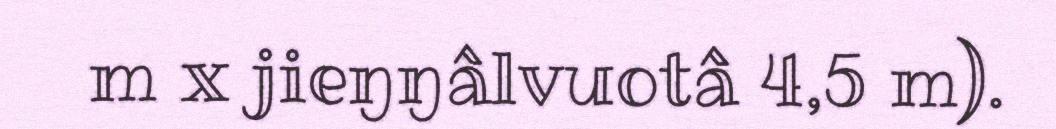
m x jieŋŋâlvuotâ 4,5 m).